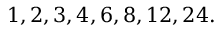
1 , 2 , 3 , 4 , 6 , 8 , 1 2 , 2 4 .